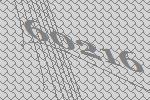
60216